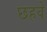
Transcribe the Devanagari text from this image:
छहवे